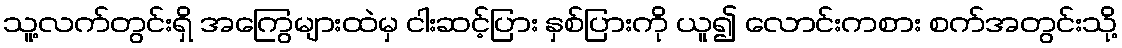
သူ့လက်တွင်းရှိ အကြွေများထဲမှ ငါးဆင့်ပြား နှစ်ပြားကို ယူ၍ လောင်းကစား စက်အတွင်းသို့